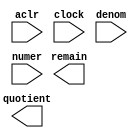
// megafunction wizard: %LPM_DIVIDE%VBB%
// GENERATION: STANDARD
// VERSION: WM1.0
// MODULE: LPM_DIVIDE 

// ============================================================
// Megafunction Name(s):
// 			LPM_DIVIDE
//
// Simulation Library Files(s):
// 			lpm
// ============================================================
// ************************************************************
// THIS IS A WIZARD-GENERATED FILE. DO NOT EDIT THIS FILE!
//
// 14.1.0 Build 186 12/03/2014 SJ Full Version
// ************************************************************

//Copyright (C) 1991-2014 Altera Corporation. All rights reserved.
//Your use of Altera Corporation's design tools, logic functions 
//and other software and tools, and its AMPP partner logic 
//functions, and any output files from any of the foregoing 
//(including device programming or simulation files), and any 
//associated documentation or information are expressly subject 
//to the terms and conditions of the Altera Program License 
//Subscription Agreement, the Altera Quartus II License Agreement,
//the Altera MegaCore Function License Agreement, or other 
//applicable license agreement, including, without limitation, 
//that your use is for the sole purpose of programming logic 
//devices manufactured by Altera and sold by Altera or its 
//authorized distributors.  Please refer to the applicable 
//agreement for further details.

module Pulse_Sync_Div (
	aclr,
	clock,
	denom,
	numer,
	quotient,
	remain);

	input	  aclr;
	input	  clock;
	input	[10:0]  denom;
	input	[15:0]  numer;
	output	[15:0]  quotient;
	output	[10:0]  remain;

endmodule

// ============================================================
// CNX file retrieval info
// ============================================================
// Retrieval info: PRIVATE: INTENDED_DEVICE_FAMILY STRING "Cyclone IV E"
// Retrieval info: PRIVATE: PRIVATE_LPM_REMAINDERPOSITIVE STRING "TRUE"
// Retrieval info: PRIVATE: PRIVATE_MAXIMIZE_SPEED NUMERIC "6"
// Retrieval info: PRIVATE: SYNTH_WRAPPER_GEN_POSTFIX STRING "0"
// Retrieval info: PRIVATE: USING_PIPELINE NUMERIC "1"
// Retrieval info: PRIVATE: VERSION_NUMBER NUMERIC "2"
// Retrieval info: PRIVATE: new_diagram STRING "1"
// Retrieval info: LIBRARY: lpm lpm.lpm_components.all
// Retrieval info: CONSTANT: LPM_DREPRESENTATION STRING "UNSIGNED"
// Retrieval info: CONSTANT: LPM_HINT STRING "MAXIMIZE_SPEED=6,LPM_REMAINDERPOSITIVE=TRUE"
// Retrieval info: CONSTANT: LPM_NREPRESENTATION STRING "UNSIGNED"
// Retrieval info: CONSTANT: LPM_PIPELINE NUMERIC "2"
// Retrieval info: CONSTANT: LPM_TYPE STRING "LPM_DIVIDE"
// Retrieval info: CONSTANT: LPM_WIDTHD NUMERIC "11"
// Retrieval info: CONSTANT: LPM_WIDTHN NUMERIC "16"
// Retrieval info: USED_PORT: aclr 0 0 0 0 INPUT NODEFVAL "aclr"
// Retrieval info: USED_PORT: clock 0 0 0 0 INPUT NODEFVAL "clock"
// Retrieval info: USED_PORT: denom 0 0 11 0 INPUT NODEFVAL "denom[10..0]"
// Retrieval info: USED_PORT: numer 0 0 16 0 INPUT NODEFVAL "numer[15..0]"
// Retrieval info: USED_PORT: quotient 0 0 16 0 OUTPUT NODEFVAL "quotient[15..0]"
// Retrieval info: USED_PORT: remain 0 0 11 0 OUTPUT NODEFVAL "remain[10..0]"
// Retrieval info: CONNECT: @aclr 0 0 0 0 aclr 0 0 0 0
// Retrieval info: CONNECT: @clock 0 0 0 0 clock 0 0 0 0
// Retrieval info: CONNECT: @denom 0 0 11 0 denom 0 0 11 0
// Retrieval info: CONNECT: @numer 0 0 16 0 numer 0 0 16 0
// Retrieval info: CONNECT: quotient 0 0 16 0 @quotient 0 0 16 0
// Retrieval info: CONNECT: remain 0 0 11 0 @remain 0 0 11 0
// Retrieval info: GEN_FILE: TYPE_NORMAL Pulse_Sync_Div.v TRUE
// Retrieval info: GEN_FILE: TYPE_NORMAL Pulse_Sync_Div.inc FALSE
// Retrieval info: GEN_FILE: TYPE_NORMAL Pulse_Sync_Div.cmp FALSE
// Retrieval info: GEN_FILE: TYPE_NORMAL Pulse_Sync_Div.bsf FALSE
// Retrieval info: GEN_FILE: TYPE_NORMAL Pulse_Sync_Div_inst.v TRUE
// Retrieval info: GEN_FILE: TYPE_NORMAL Pulse_Sync_Div_bb.v TRUE
// Retrieval info: LIB_FILE: lpm